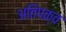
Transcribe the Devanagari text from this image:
अतिपक्व